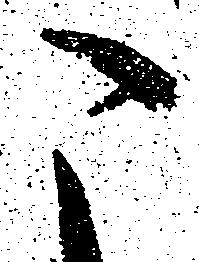
こ